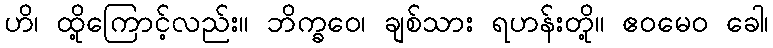
ဟိ၊ ထို့ကြောင့်လည်း။ ဘိက္ခဝေ၊ ချစ်သား ရဟန်းတို့။ ဧဝမေဝ ခေါ၊